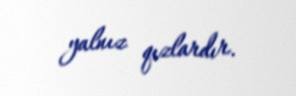
yalnız qızlardır.